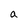
Character: a